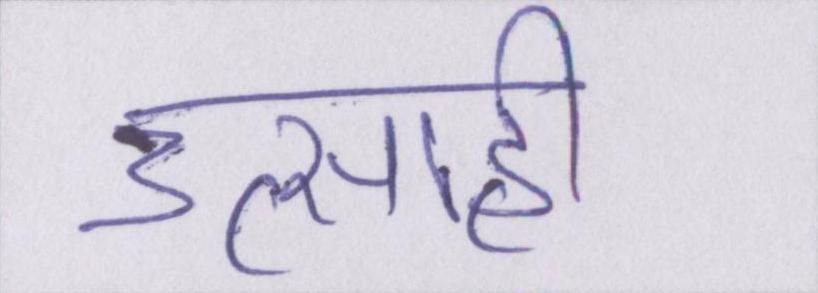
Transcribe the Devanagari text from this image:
उत्साही